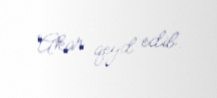
Akar qeyd edib.